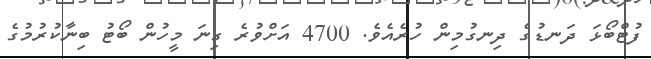
ފުޓްބޯޅަ ދަނޑުގެ ދިނގުމިން ހުރެއެވެ. 4700 އަށްވުރެ ގިނަ މީހުން ބޯޓު ބިނާކުރުމުގެ